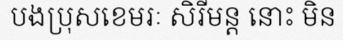
បងប្រុសខេមរៈ សិរីមន្ត នោះ មិន